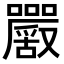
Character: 𡅮